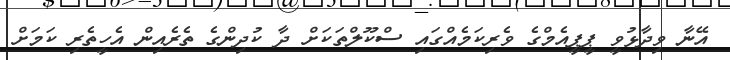
އޭނާ ވިދާޅުވީ ޕީޕީއެމްގެ ވެރިކަމެއްގައި ސްކޫލްތަކަށް ދާ ކުދިންގެ ތެރެއިން އެހީތެރި ކަމަށް